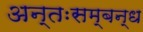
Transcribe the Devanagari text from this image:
अन्तःसम्बन्ध